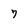
Character: 7